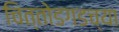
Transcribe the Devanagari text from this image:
चित्तोडगडच्या